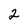
Character: 2